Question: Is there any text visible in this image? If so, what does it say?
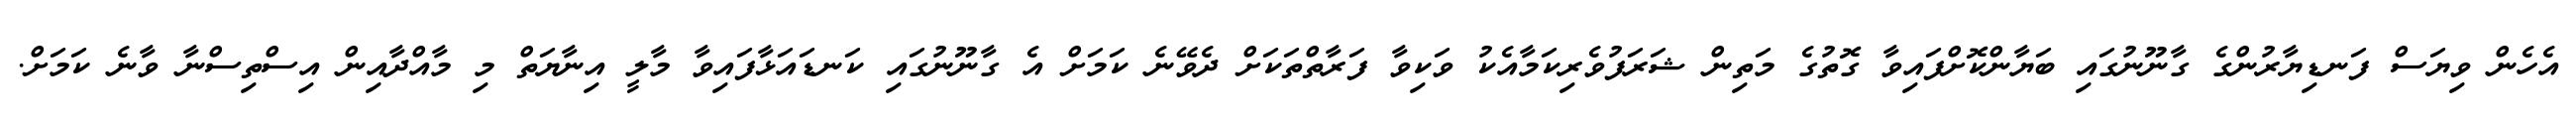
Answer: އެހެން ވިޔަސް ފަނޑިޔާރުންގެ ގާނޫނުގައި ބަޔާންކޮށްފައިވާ ގޮތުގެ މަތިން ޝަރަފުވެރިކަމާއެކު ވަކިވާ ފަރާތްތަކަށް ދެވޭނެ ކަމަށް އެ ގާނޫނުގައި ކަނޑައަޅާފައިވާ މާލީ އިނާޔަތް މި މާއްދާއިން އިސްތިސްނާ ވާނެ ކަމަށް.